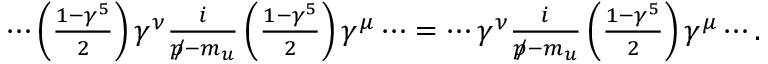
\begin{array} { r } { \cdots \left( \frac { 1 - \gamma ^ { 5 } } { 2 } \right) \gamma ^ { \nu } \frac { i } { p \! \! \! / - m _ { u } } \left( \frac { 1 - \gamma ^ { 5 } } { 2 } \right) \gamma ^ { \mu } \cdots = \cdots \gamma ^ { \nu } \frac { i } { p \! \! \! / - m _ { u } } \left( \frac { 1 - \gamma ^ { 5 } } { 2 } \right) \gamma ^ { \mu } \cdots . } \end{array}